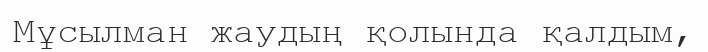
Мұсылман жаудың қолында қалдым,